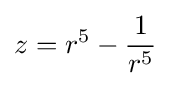
z=r^{5}-{\frac {1}{r^{5}}}